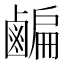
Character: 𪉱